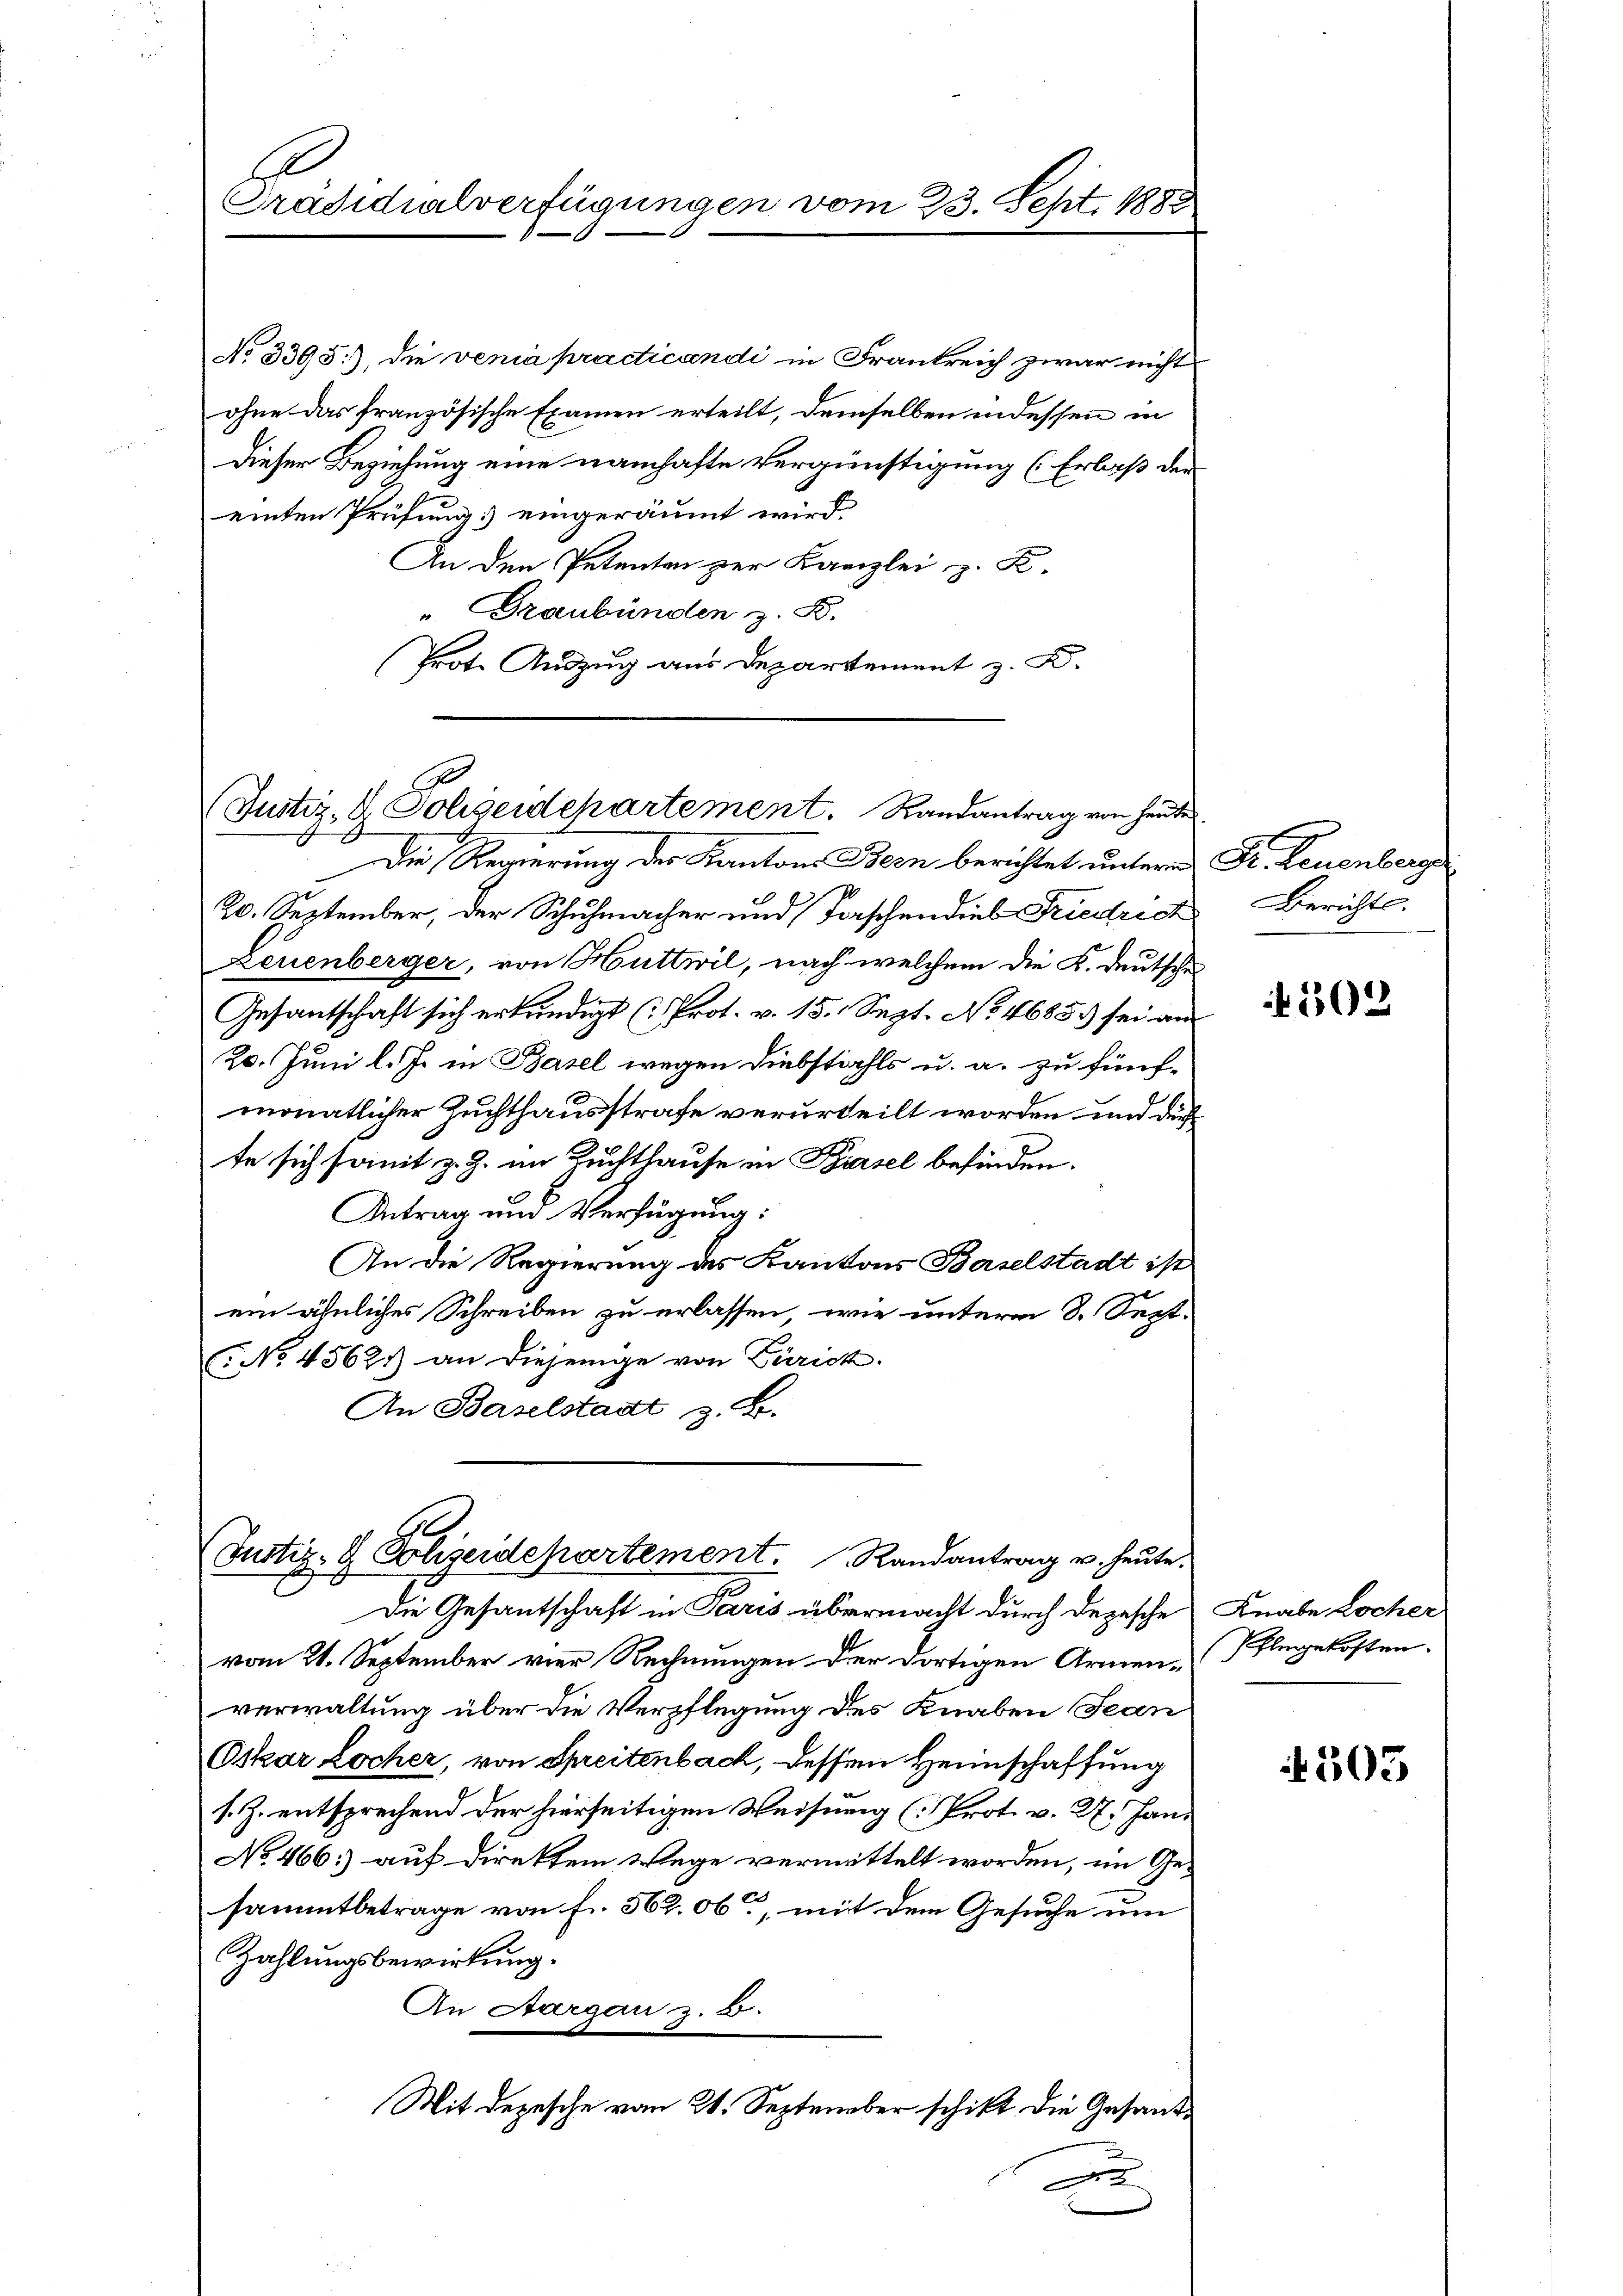
Präsidialverfügungen vom 23. Sept. 1882

No 3395), die venia practicandi in Frankreich zwar nicht
ohne das französische Examen erteilt, demselben indessen in
Dieser Beziehung eine namhafte Vergünstigung (Erlaß der
einten Prüfung eingeräumt wird.
An den Petenten zur Kanzlei z. K.
" Graubünden z. B.
Prote Auszug aus Departement z. B.
Die Regierung der Kantons Bern berichtet unterm Dr. Leuenberga
7
20. September, der Schuhmacher und Taschendieb Friedrich Berichts-
Leuenberger, von Huttwil, nach welchem die K. Deutsche
Gesantschaft sich erkundigt (Prot. v. 15. Sept. No. 4685.) sei an
20. Juni l. Js. in Basel wegen Diebstahls u. a. zu fünf-
monatlicher Zuchthausstrafe verurteilt worden und der
te sich somit z. Z. im Zuchthause in Prasel befinden.
Antrag und Verfügung:
An die Regierung des Kantons Baselstadt ist
ein ähnliches Schreiben zu erlassen, wie unterm 8. Sept.
No 4562.) an diejenige von Zürich.
An Baselstadt z. B.

Justiz- & Sohseidepartement. Randantrag von heute

(Justiz- & Polizeidepartement. Randantrag u. heute.

Die Gesantschaft in Paris übermacht durch Depesche
vom 21. September vier Rechnungen der dortigen Armen-Ungekosten.
verwaltung über die Verpflegung des Knaben Jean
Oskar Locher, von Spreitenbach, dessen Heimschaffung
s. Z. entsprechend der hierseitigen Weisung (Prot. v. 2. Jani
No 466.) auf direktem Wege vermittelt worden, im Ge-
sammtbetrage von fr. 562. 06, mit dem Gesuche um
Zahlungsbewirkung.
An Aargau z. B.
Mit Depesche vom 21. September schikt die Gesandx

302

Knabe Locher

4503